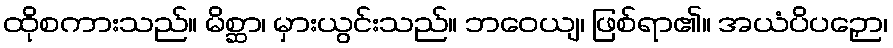
ထိုစကားသည်။ မိစ္ဆာ၊ မှားယွင်းသည်။ ဘဝေယျ၊ ဖြစ်ရာ၏။ အယံပိပဉှော၊